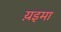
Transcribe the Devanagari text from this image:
य़इमा